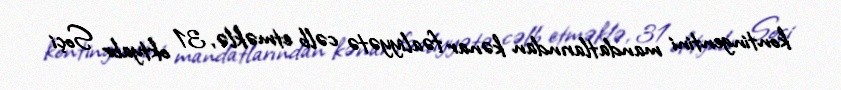
kontingentini mandatlarından kənar fəaliyyətə cəlb etməklə, 31 oktyabr Soçi